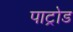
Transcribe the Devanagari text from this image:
पाट्रोड